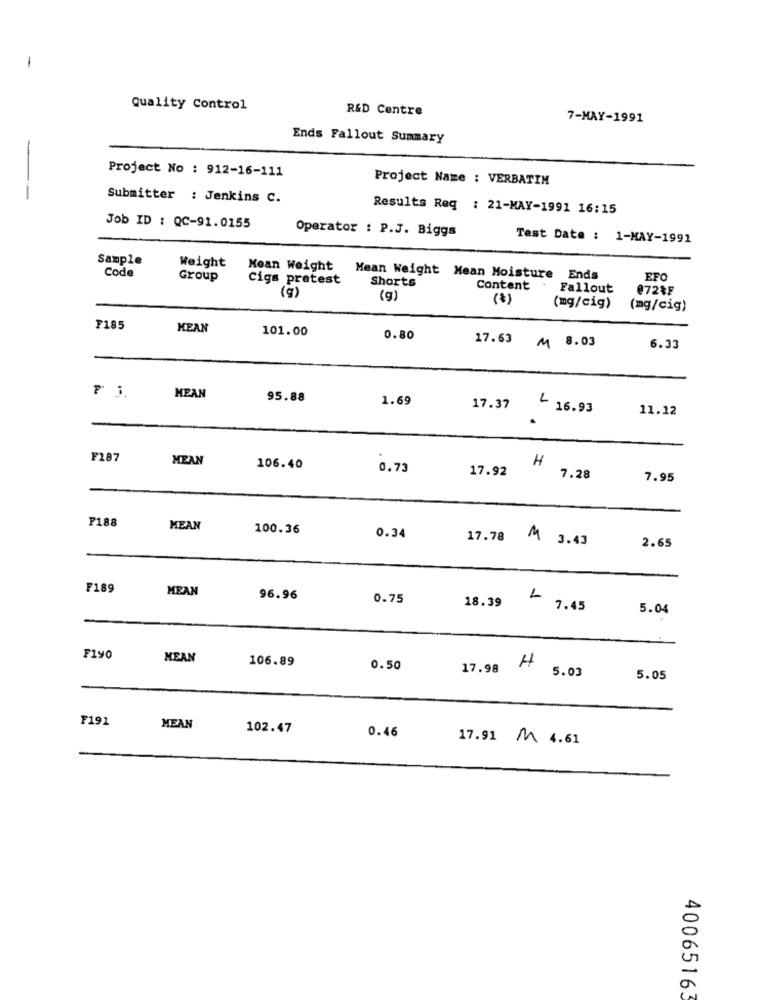
-
Quality Control
R&D Centre
7-MAY-1991
Ends Fallout Summary
Project No : 912-16-111
Project Name : VERBATIM
Submitter : Jenkins C.
Results Req : 21-MAY-1991 16:15
Job ID : QC-91.0155
Operator : P.J. Biggs
Test Date : 1-MAY-1991
Sample
Weight
Mean Weight
Code
Group
Cigs pretest
Mean Weight Mean Moisture Ends
Shorts
EFC
(g)
Content
Fallout
@72&F
(g)
(mg/cig)
(mg/cig)
F185
MEAN
101.00
0.80
17.63 M 8.03
6.33
MEAN
95.88
1.69
17.37
16.93
11.12
F187
MEAN
H
106.40
0.73
17.92
7.28
7.95
F188
MEAN
100.36
0.34
17.78 M 3.43
2.65
F189
MEAN
96.96
0.75
18.39
7.45
5.04
F190
MEAN
106.89
0.50
17.98 4
5.03
5.05
F191
MEAN
102.47
0.46
17.91 M 4.61
40065163